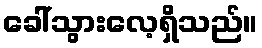
ခေါ်သွားလေ့ရှိသည်။